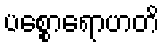
ပစ္စောရောဟတိ